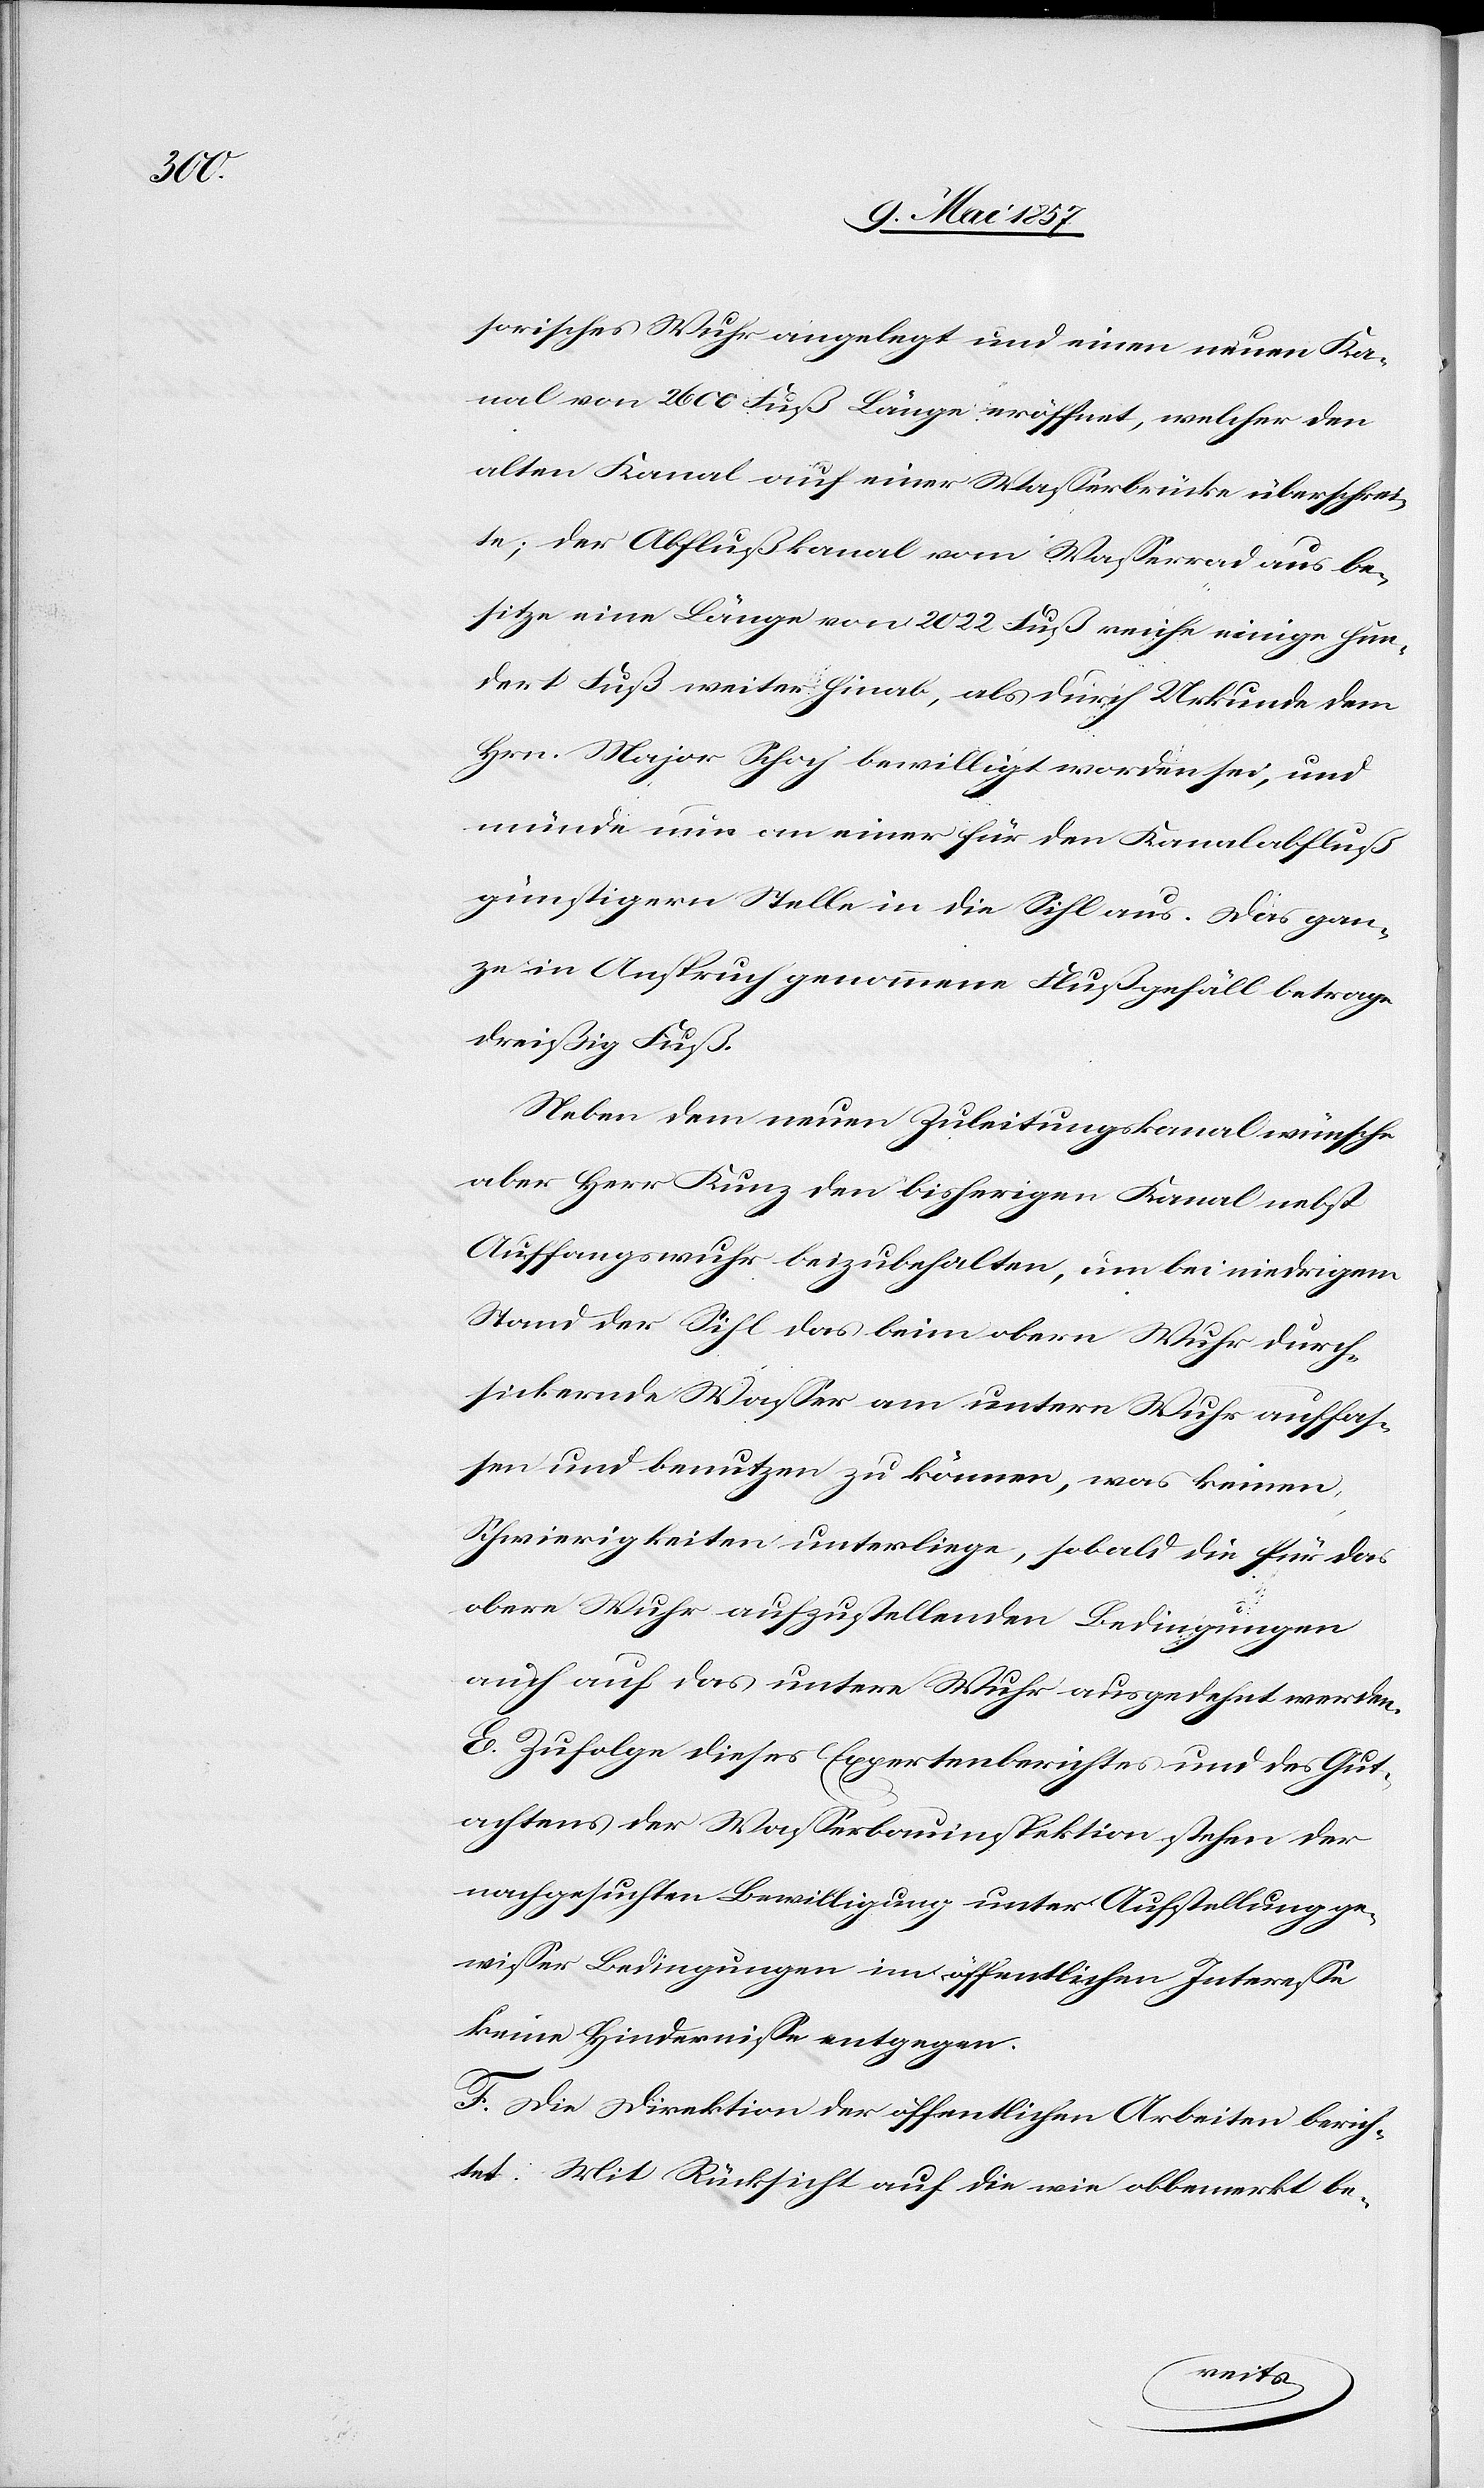
sorisches Wuhr angelegt und einen neuen Ka¬
nal von 260 Fuß Länge eröffnet, welcher den
alten Kanal auf einer Wasserbrücke überschrei¬
te; der Abflußkanal vom Wasserrad aus be¬
sitze eine Länge von 2022 Fuß [und] reiche einige hun¬
dert Fuß weiter hinab, als durch Urkunde dem
Hrn. Major Schoch bewilligt worden sei, und
münde nun an einer für den Kanalabfluß
günstigern Stelle in die Sihl aus. Das gan¬
ze in Anspruch genommene Flußgefäll betrage
dreißig Fuß.
Neben dem neuen Zuleitungskanal wünsche
aber Herr Kunz den bisherigen Kanal nebst
Auffangswuhr beizubehalten, um bei niedrigem
Stand der Sihl, das beim obern Wuhr durch¬
sickernde Wasser am untern Wuhr auffas¬
sen und benutzen zu können, was keinen
Schwierigkeiten unterliege, sobald die für das
obere Wuhr aufzustellenden Bedingungen
auch auf das untere Wuhr ausgedehnt werden.
E. Zufolge dieses Expertenberichtes und des Gut¬
achtens der Wasserbauinspektion stehen der
nachgesuchten Bewilligung unter Aufstellung ge¬
wisser Bedingungen im öffentlichen Interesse
keine Hindernisse entgegen.
F. Die Direktion der öffentlichen Arbeiten berich¬
tet: Mit Rücksicht auf die wie obbemerkt be-